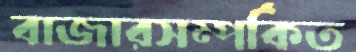
বাজারসম্পর্কিত